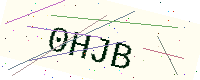
Text: 0HJB